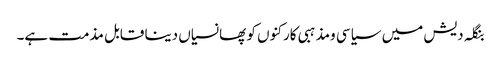
بنگلہ دیش میں سیاسی ومذہبی کارکنوں کو پھانسیاں دینا قابل مذمت ہے۔